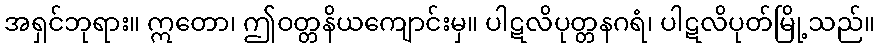
အရှင်ဘုရား။ ဣတော၊ ဤဝတ္တနိယကျောင်းမှ။ ပါဋလိပုတ္တနဂရံ၊ ပါဋလိပုတ်မြို့သည်။